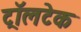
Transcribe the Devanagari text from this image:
ट्रॉलटेक